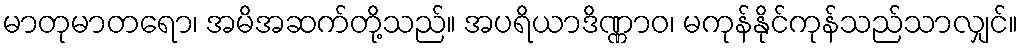
မာတုမာတရော၊ အမိအဆက်တို့သည်။ အပရိယာဒိဏ္ဏာဝ၊ မကုန်နိုင်ကုန်သည်သာလျှင်။